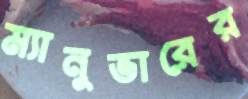
ম্যানুভারের